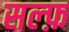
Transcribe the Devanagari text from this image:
सल्फ़